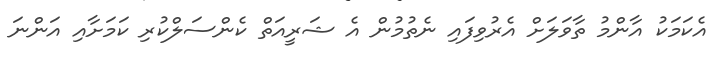
އެކަމަކު އާންމު ތާވަލަށް އެރުވިފައި ނެތުމުން އެ ޝަރީއަތް ކެންސަލްކުރި ކަމަށާއި އަންނަ